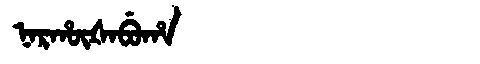
Manchu: ᠨᠠᡵᡥᡡᡧᠠᠪᡠᡥᠠ
Romanization: NARHŪŠABUHA